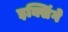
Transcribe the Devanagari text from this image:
इक्सिंगे